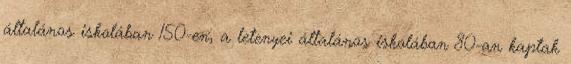
általános iskolában 150-en, a letenyei általános iskolában 80-an kaptak